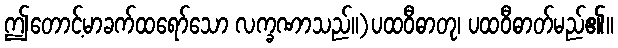
ဤတောင့်မာခက်ထရော်သော လက္ခဏာသည်။)ပထဝီဓာတု၊ ပထဝီဓာတ်မည်၏။